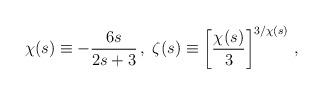
LaTeX: \begin{align*}{\chi}(s) \equiv -\frac{6s}{2s + 3} \,,\; {\zeta}(s) \equiv \left[\frac{{\chi}(s)}{3} \right]^{3/{\chi}(s)} \,,\end{align*}